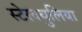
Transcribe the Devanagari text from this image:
स्टेरक्युलिया